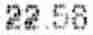
22.58